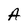
Character: A